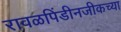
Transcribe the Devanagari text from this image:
रावळपिंडीनजीकच्या